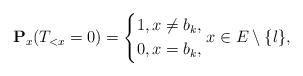
LaTeX: \begin{align*}\mathbf{P}_x(T_{<x}=0)=\left\lbrace \begin{aligned}1,x\neq b_k, \\0,x=b_k,\end{aligned} \right. x\in E\setminus \{l\},\end{align*}